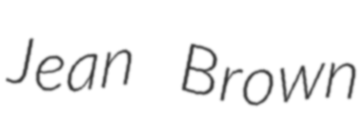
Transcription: Jean Brown